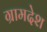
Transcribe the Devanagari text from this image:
ग्रामदेश